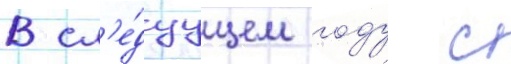
В сл'е́дуущем году с